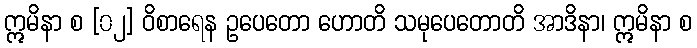
ဣမိနာ စ [၀၂] ဝိစာရေန ဥပေတော ဟောတိ သမုပေတောတိ အာဒိနာ၊ ဣမိနာ စ